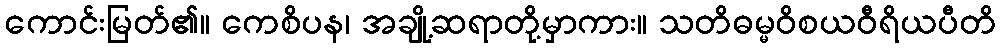
ကောင်းမြတ်၏။ ကေစိပန၊ အချို့ဆရာတို့မှာကား။ သတိဓမ္မဝိစယဝီရိယပီတိ